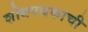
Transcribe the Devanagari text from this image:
शोधपथकाची